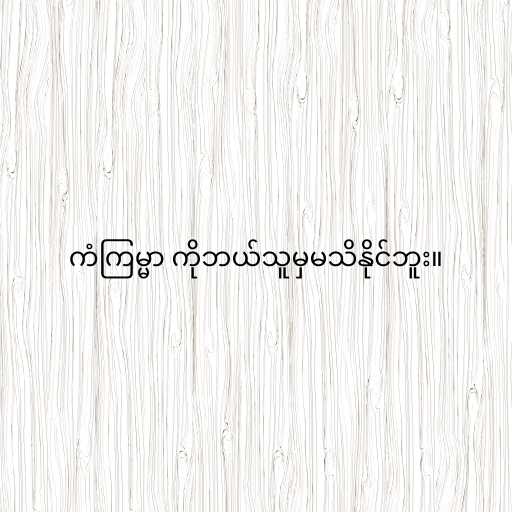
ကံကြမ္မာ ကိုဘယ်သူမှမသိနိုင်ဘူး။